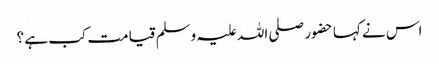
اس نے کہا حضور صلی اللہ علیہ وسلم قیامت کب ہے ؟